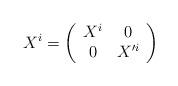
LaTeX: \begin{align*}X^i=\left(\begin{array}{cc} X^i & 0 \\ 0 & X'^i \\ \end{array}\right)\end{align*}